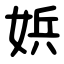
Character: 娦